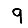
Digit: 9